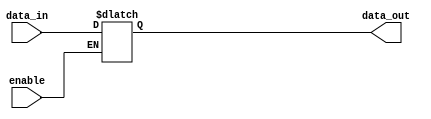
module bidirectional_buffer (
    input data_in,
    input enable,
    output reg data_out
    );

always @(*) begin
    if (enable)
        data_out = data_in;
end

endmodule